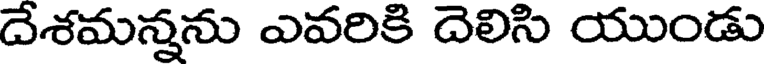
దేశమన్నను ఎవరికి దెలిసి యుండు